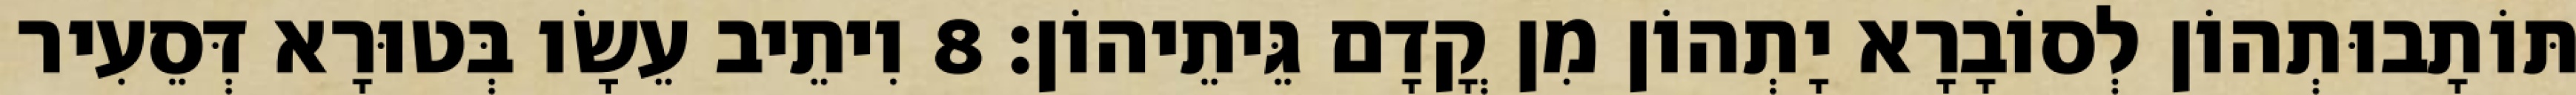
תּוֹתָבוּתְהוֹן לְסוֹבָרָא יָתְהוֹן מִן קֳדָם גֵּיתֵיהוֹן׃ 8 וִיתֵיב עֵשָׂו בְּטוּרָא דְּסֵעִיר